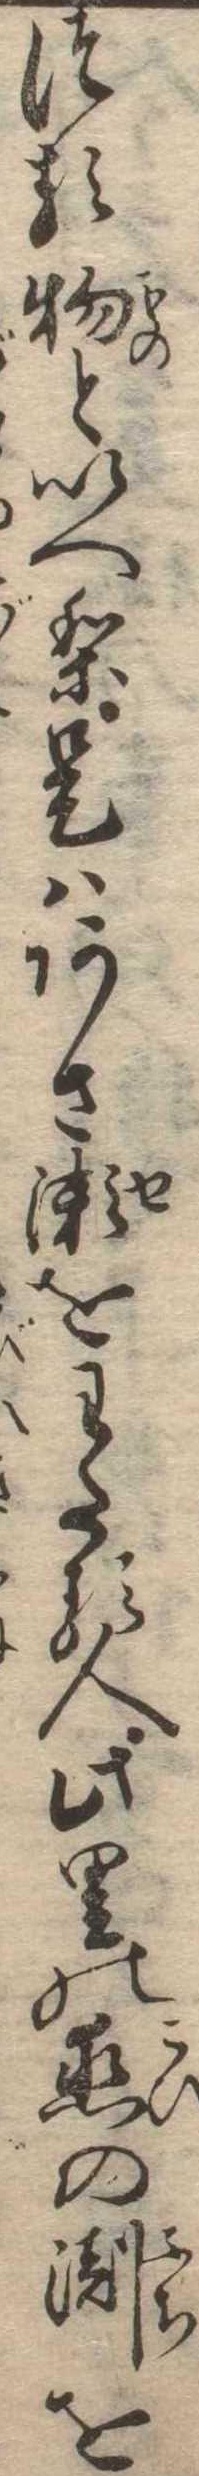
つる物といへり是はあさ瀬をわたる人此里の恋の淵を